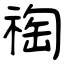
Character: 祹